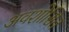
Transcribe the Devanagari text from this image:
अवशोसित